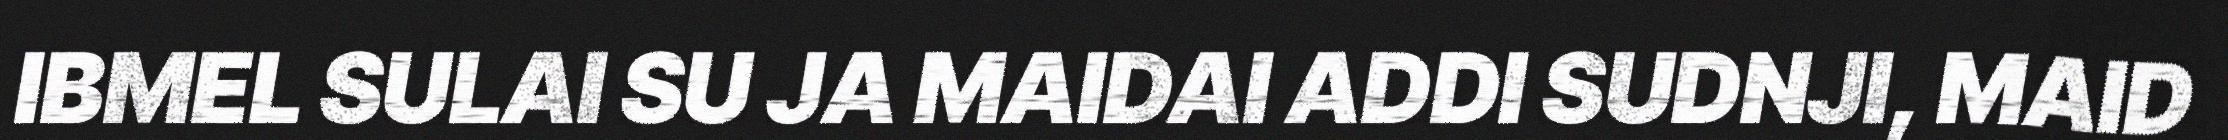
IBMEL SULAI SU JA MAIDAI ADDI SUDNJI, MAID